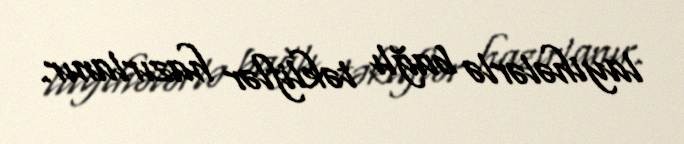
layihələrlə bağlı təkliflər hazırlanır.